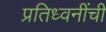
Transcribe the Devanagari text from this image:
प्रतिध्वनींची